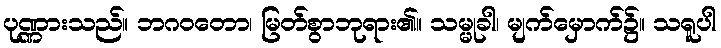
ပုဏ္ဏားသည်။ ဘဂဝတော၊ မြတ်စွာဘုရား၏။ သမ္မုခါ၊ မျက်မှောက်၌။ သရူပါ